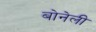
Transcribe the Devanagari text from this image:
बोनेली